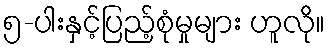
၅-ပါးနှင့်ပြည့်စုံမှုများ ဟူလို။